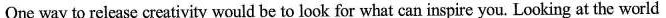
One way to release creativity would be to look for what can inspire you. Looking at the world